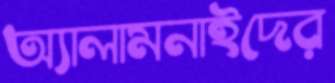
অ্যালামনাইদের